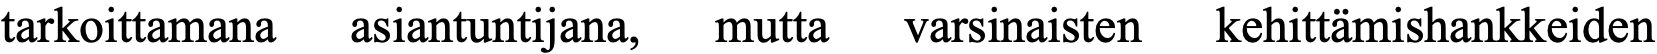
tarkoittamana asiantuntijana, mutta varsinaisten kehittämishankkeiden